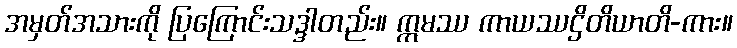
အမှတ်အသားကို ပြကြောင်းသဒ္ဒါတည်း။ ဣမဿ ကာယဿဌိတိယာတိ-ကား။